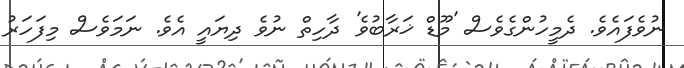
ނުވެފައެވެ. ދެމީހުންގެވެސް 'މޫޑް ޚަރާބުވެ' ދާހިތް ނުވެ ދިޔައީ އެވެ. ނަމަވެސް މިފަހަރު